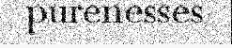
purenesses